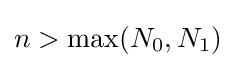
n>\max(N_{0},N_{1})